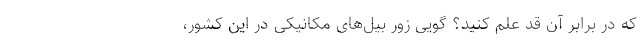
که در برابر آن قد علم کنید؟ گویی زور بیل‌های مکانیکی در این کشور،